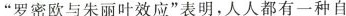
”罗密欧与朱丽叶效应”表明，人人都有一种自